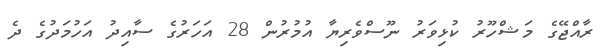
ރާއްޖޭގެ މަޝްހޫރު ކުޅިވަރު ނޫސްވެރިޔާ އުމުރުން 28 އަހަރުގެ ސާއިދު އަހުމަދުގެ ދެ